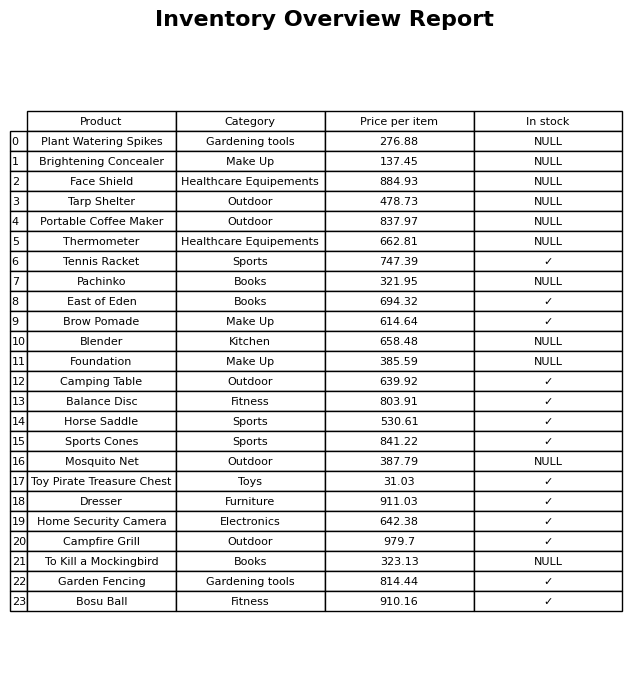
question: Is the Dresser in stock?
answer: ✓